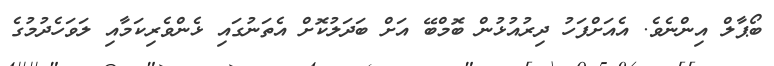
ބޯޕާލް އިންނެވެ. އެއަށްފަހު ދިރުއުޅުން ބޮމްބޭ އަށް ބަދަލުކޮށް އެތަނުގައި ޅެންވެރިކަމާއި ލަވަހެދުމުގެ